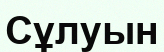
Сұлуын